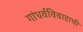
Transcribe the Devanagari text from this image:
गांधर्वविवाहाची